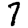
Digit: 7